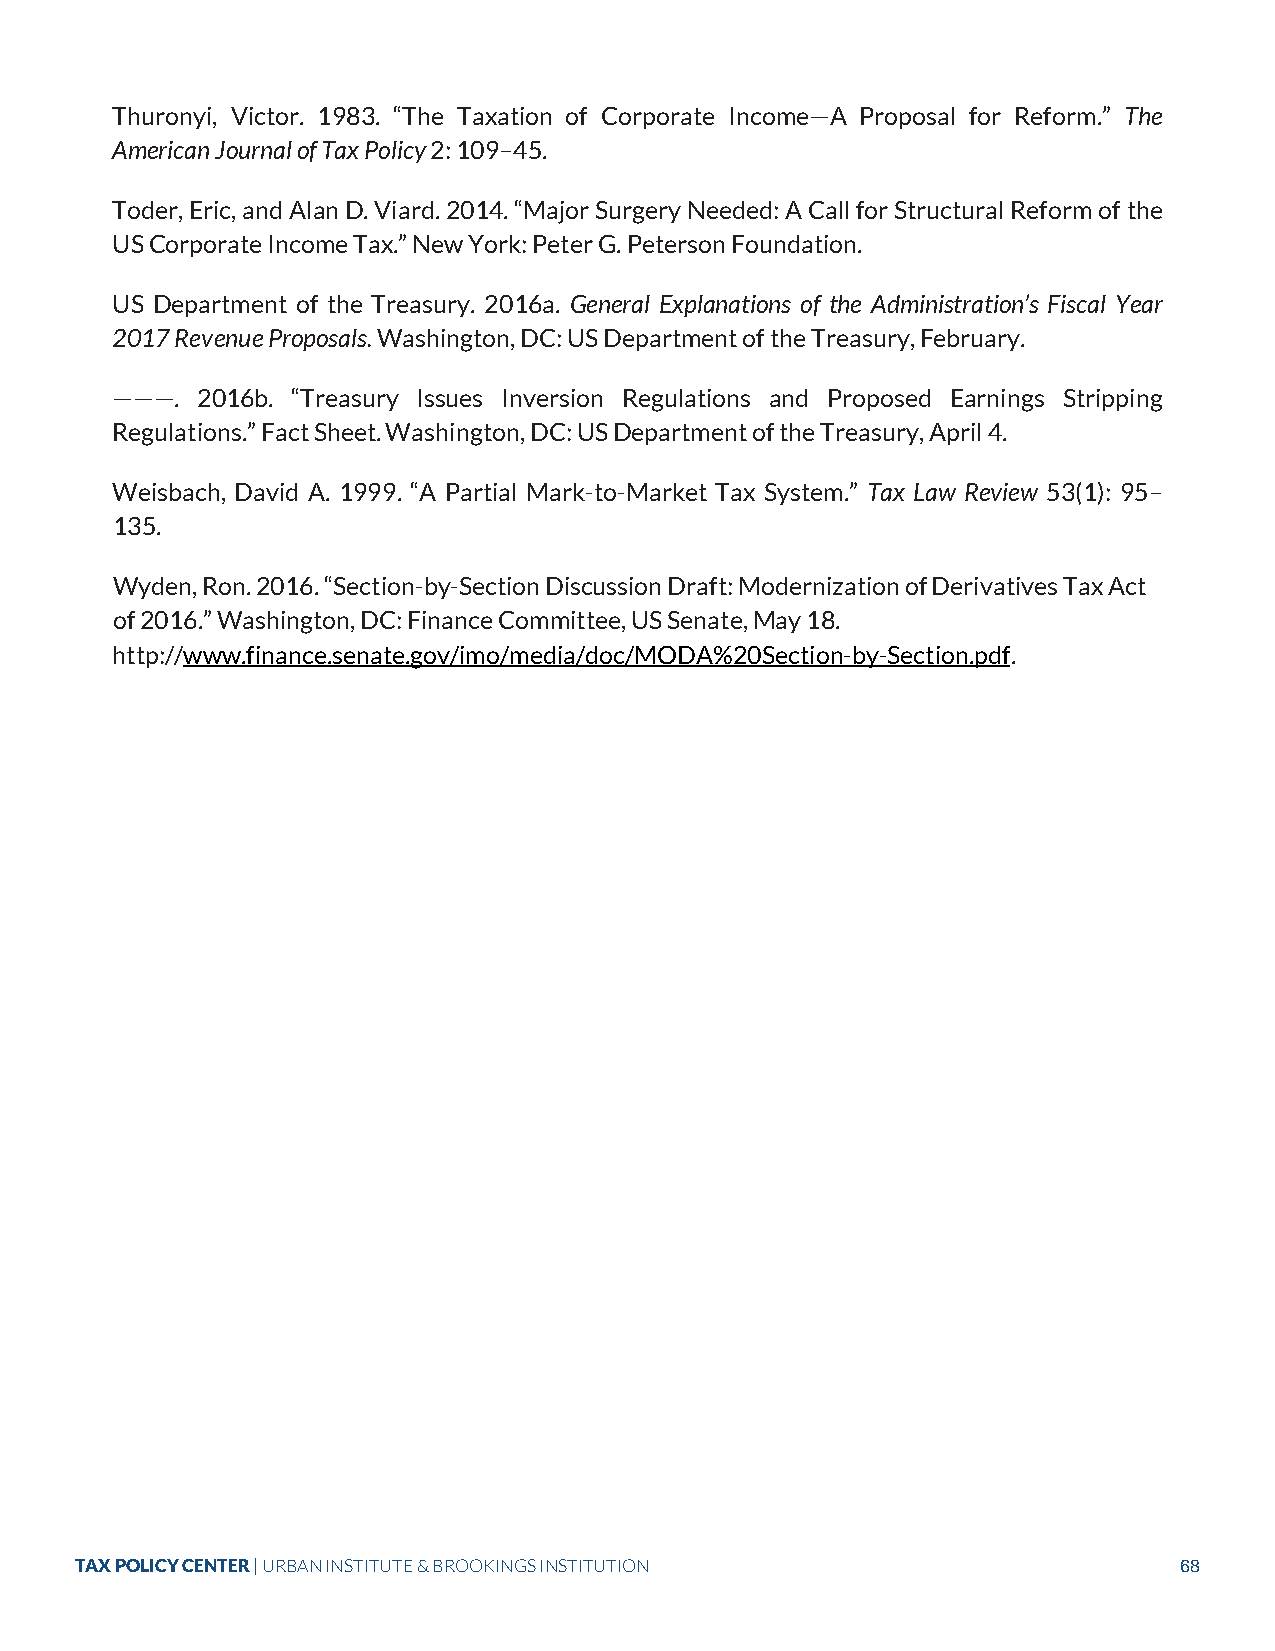
Thuronyi, Victor. 1983. “The Taxation of Corporate Income—A Proposal for Reform.” The
 American Journal of Tax Policy 2: 109–45.
 Toder, Eric, and Alan D. Viard. 2014. “Major Surgery Needed: A Call for Structural Reform of the
 US Corporate Income Tax.” New York: Peter G. Peterson Foundation.
 US Department of the Treasury. 2016a. General Explanations of the Administration’s Fiscal Year
 2017 Revenue Proposals. Washington, DC: US Department of the Treasury, February.
 ———.  2016b. “Treasury Issues Inversion Regulations and Proposed Earnings Stripping
 Regulations.” Fact Sheet. Washington, DC: US Department of the Treasury, April 4.
 Weisbach, David A. 1999. “A Partial Mark-to-Market Tax System.” Tax Law Review 53(1): 95–
 135.
 Wyden, Ron. 2016. “Section-by-Section Discussion Draft: Modernization of Derivatives Tax Act
 of 2016.” Washington, DC: Finance Committee, US Senate, May 18.
 http://www.finance.senate.gov/imo/media/doc/MODA%20Section-by-Section.pdf.
 TAX POLICY CENTER | URBAN INSTITUTE & BROOKINGS INSTITUTION              68